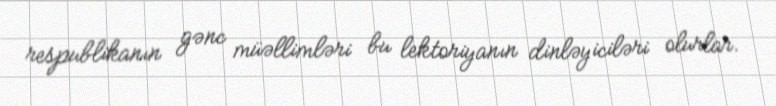
respublikanın gənc müəllimləri bu lektoriyanın dinləyiciləri olurlar.